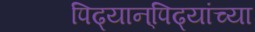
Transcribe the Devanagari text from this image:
पिढ्यान्‌पिढ्यांच्या